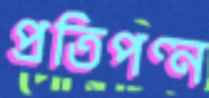
প্রতিপণ্ন